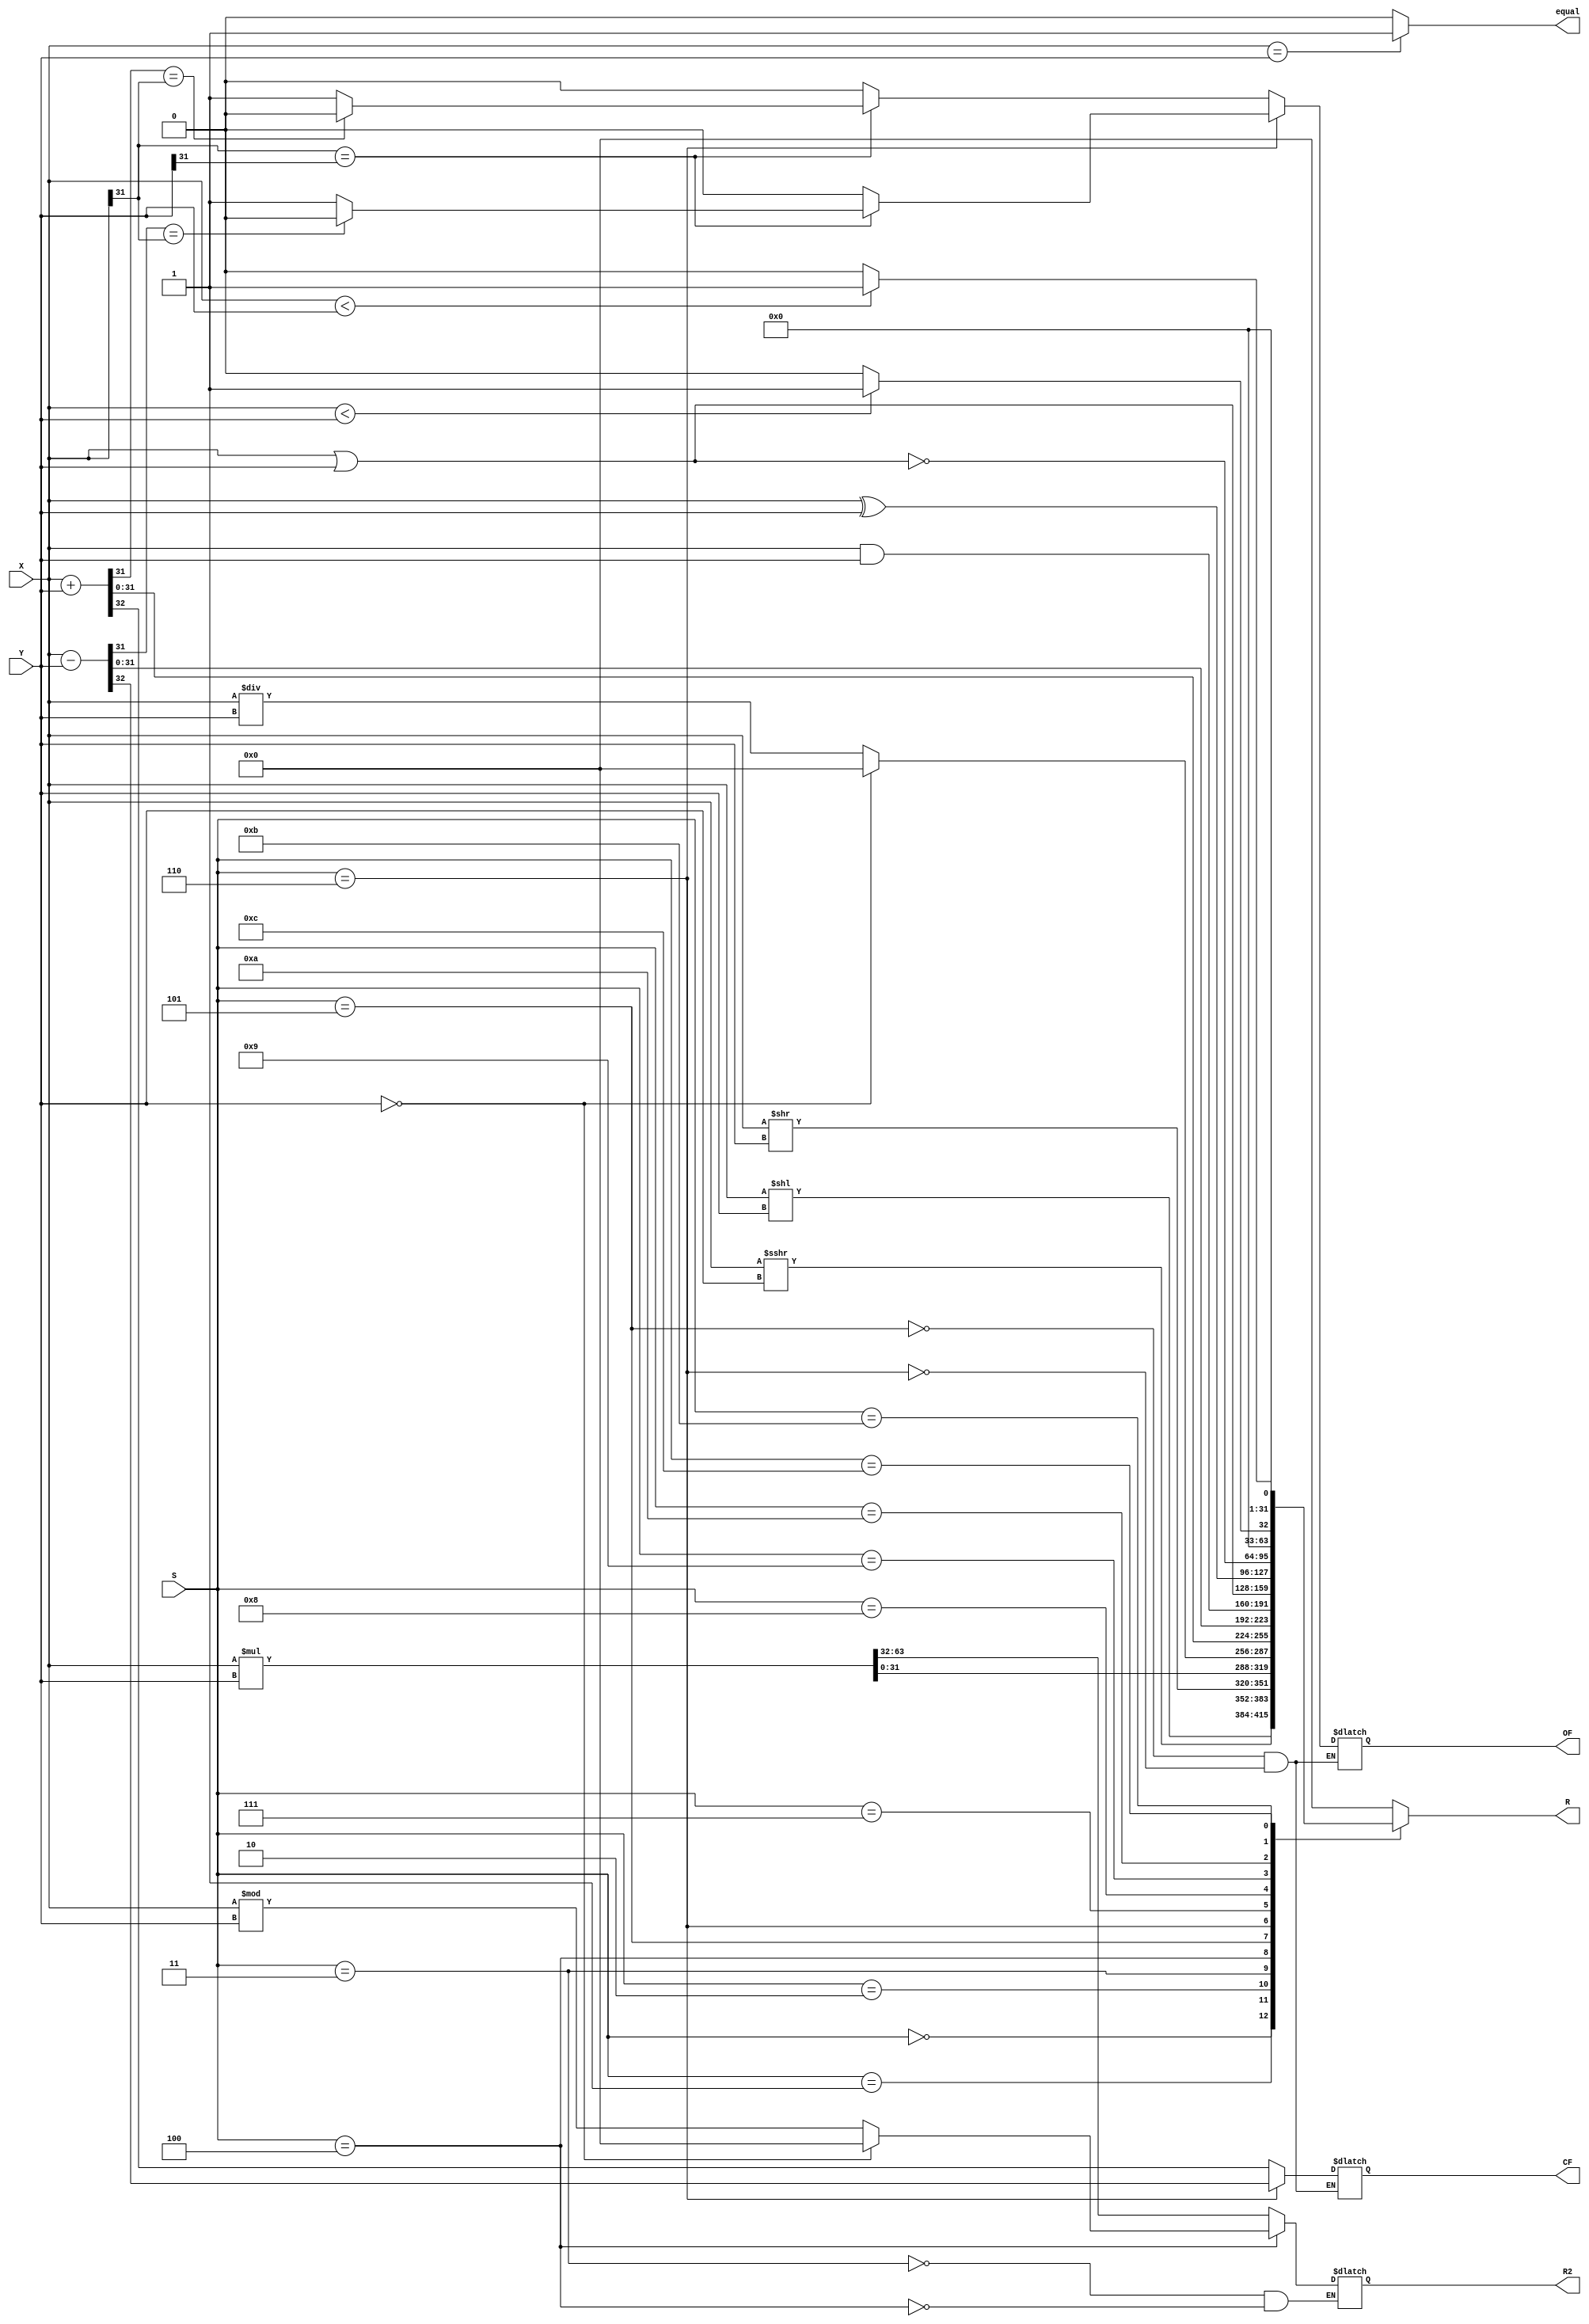
`timescale 1ns / 1ps
//////////////////////////////////////////////////////////////////////////////////
// Company: 
// Engineer: 
// 
// Design Name: 
// Module Name: ALU_bobo
// Project Name: 
// Target Devices: 
// Tool Versions: 
// Description: 
// 
// Dependencies: 
// 
// Revision:
// Revision 0.01 - File Created
// Additional Comments:
// 
//////////////////////////////////////////////////////////////////////////////////

module ALU_bobo(
   input [31:0] X,
   input [31:0] Y,
   input [3:0] S,
   output reg OF, //signed overflow
   output reg CF, //unsigned overflow
   output reg [31:0] R,
   output reg [31:0] R2,
   output reg equal
    );

    reg [63:0] tmp; 
    /*
    wire X_sign;
    wire Y_sign;
    wire Sum_sign;
    assign X_sign = X[31];
    assign Y_sign = Y[31];
    assign Sum_sign = R[31];
   */
    reg X_sign;
    reg Y_sign;
    reg Sum_sign;
   
    always@(X or Y or S)
    begin
        if(X == Y)
            equal = 1;
         else
            equal = 0;
         case(S)
             4'd0:
            begin
                //logic left
                R = X << Y;
            end
            4'd1:
            begin
            //artih right
                R = $signed(X) >>> Y;
            end
            4'd2:
            begin
            // logic right
                R = X >> Y;
            end
            4'd3:
            begin
            //multiply
                tmp = X*Y;
                R = tmp[31:0];
                R2 = tmp[63:32]; 
            end
            4'd4:
            begin
            //divide
                if(Y == 0)
                begin
                    R = 0;
                    R2 = 0;
                end
                else begin
                    R = X / Y;
                    R2 = X % Y;
                end
            end
            4'd5:
            begin
            //add
                {CF, R} = X + Y;
                Sum_sign = R[31];
                X_sign = X[31];
                Y_sign = Y[31];
                OF = (X_sign == Y_sign)?(Sum_sign == X_sign ? 0:1):0;
            end
            4'd6:
            begin
            //sub
                {CF, R} = X - Y;
                Sum_sign = R[31];
                X_sign = X[31];
                Y_sign = Y[31];
                OF = (X_sign == Y_sign)?(Sum_sign == X_sign ? 0:1):0;
            end
            4'd7:
            begin
            //and
                R = X & Y;
            end
            4'd8:
            begin
            //or
                R = X | Y;
            end
            4'd9:
            begin
            //xor
                R = X ^ Y;
            end
            4'd10:
            begin
                R = ~(X | Y);
            end
            4'd11:
            begin
                R = ($signed(X) < $signed(Y))?1:0;
            end
            4'd12:
            begin
                R = (X < Y)?1:0;
            end
            default:
            begin
                R = 0;
            end
         endcase
     end
endmodule